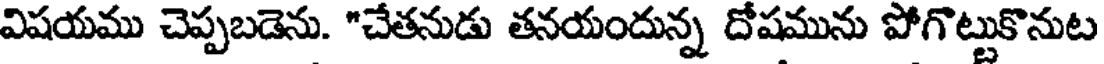
విషయము చెప్పబడెను. "చేతనుడు తనయందున్న దోషమును పోగొట్టుకొనుట